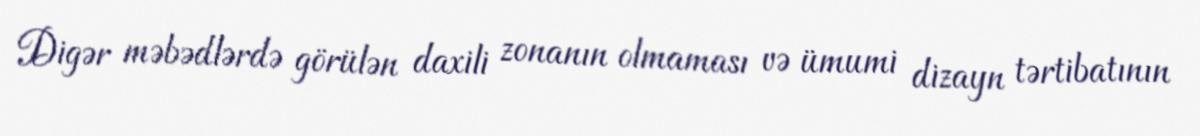
Digər məbədlərdə görülən daxili zonanın olmaması və ümumi dizayn tərtibatının